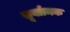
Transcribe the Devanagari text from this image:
सूर्यात्मक